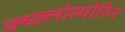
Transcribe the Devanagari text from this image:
क्य्क्लोस्पोरिन